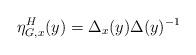
LaTeX: \begin{align*}\displaystyle \eta_{G,x}^H(y)=\Delta_x(y)\Delta(y)^{-1}\end{align*}